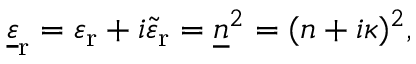
{ \underline { { \varepsilon } } } _ { \mathrm { r } } = \varepsilon _ { \mathrm { r } } + i { \tilde { \varepsilon } } _ { \mathrm { r } } = { \underline { { n } } } ^ { 2 } = ( n + i \kappa ) ^ { 2 } ,